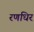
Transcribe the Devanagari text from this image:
रणधिर